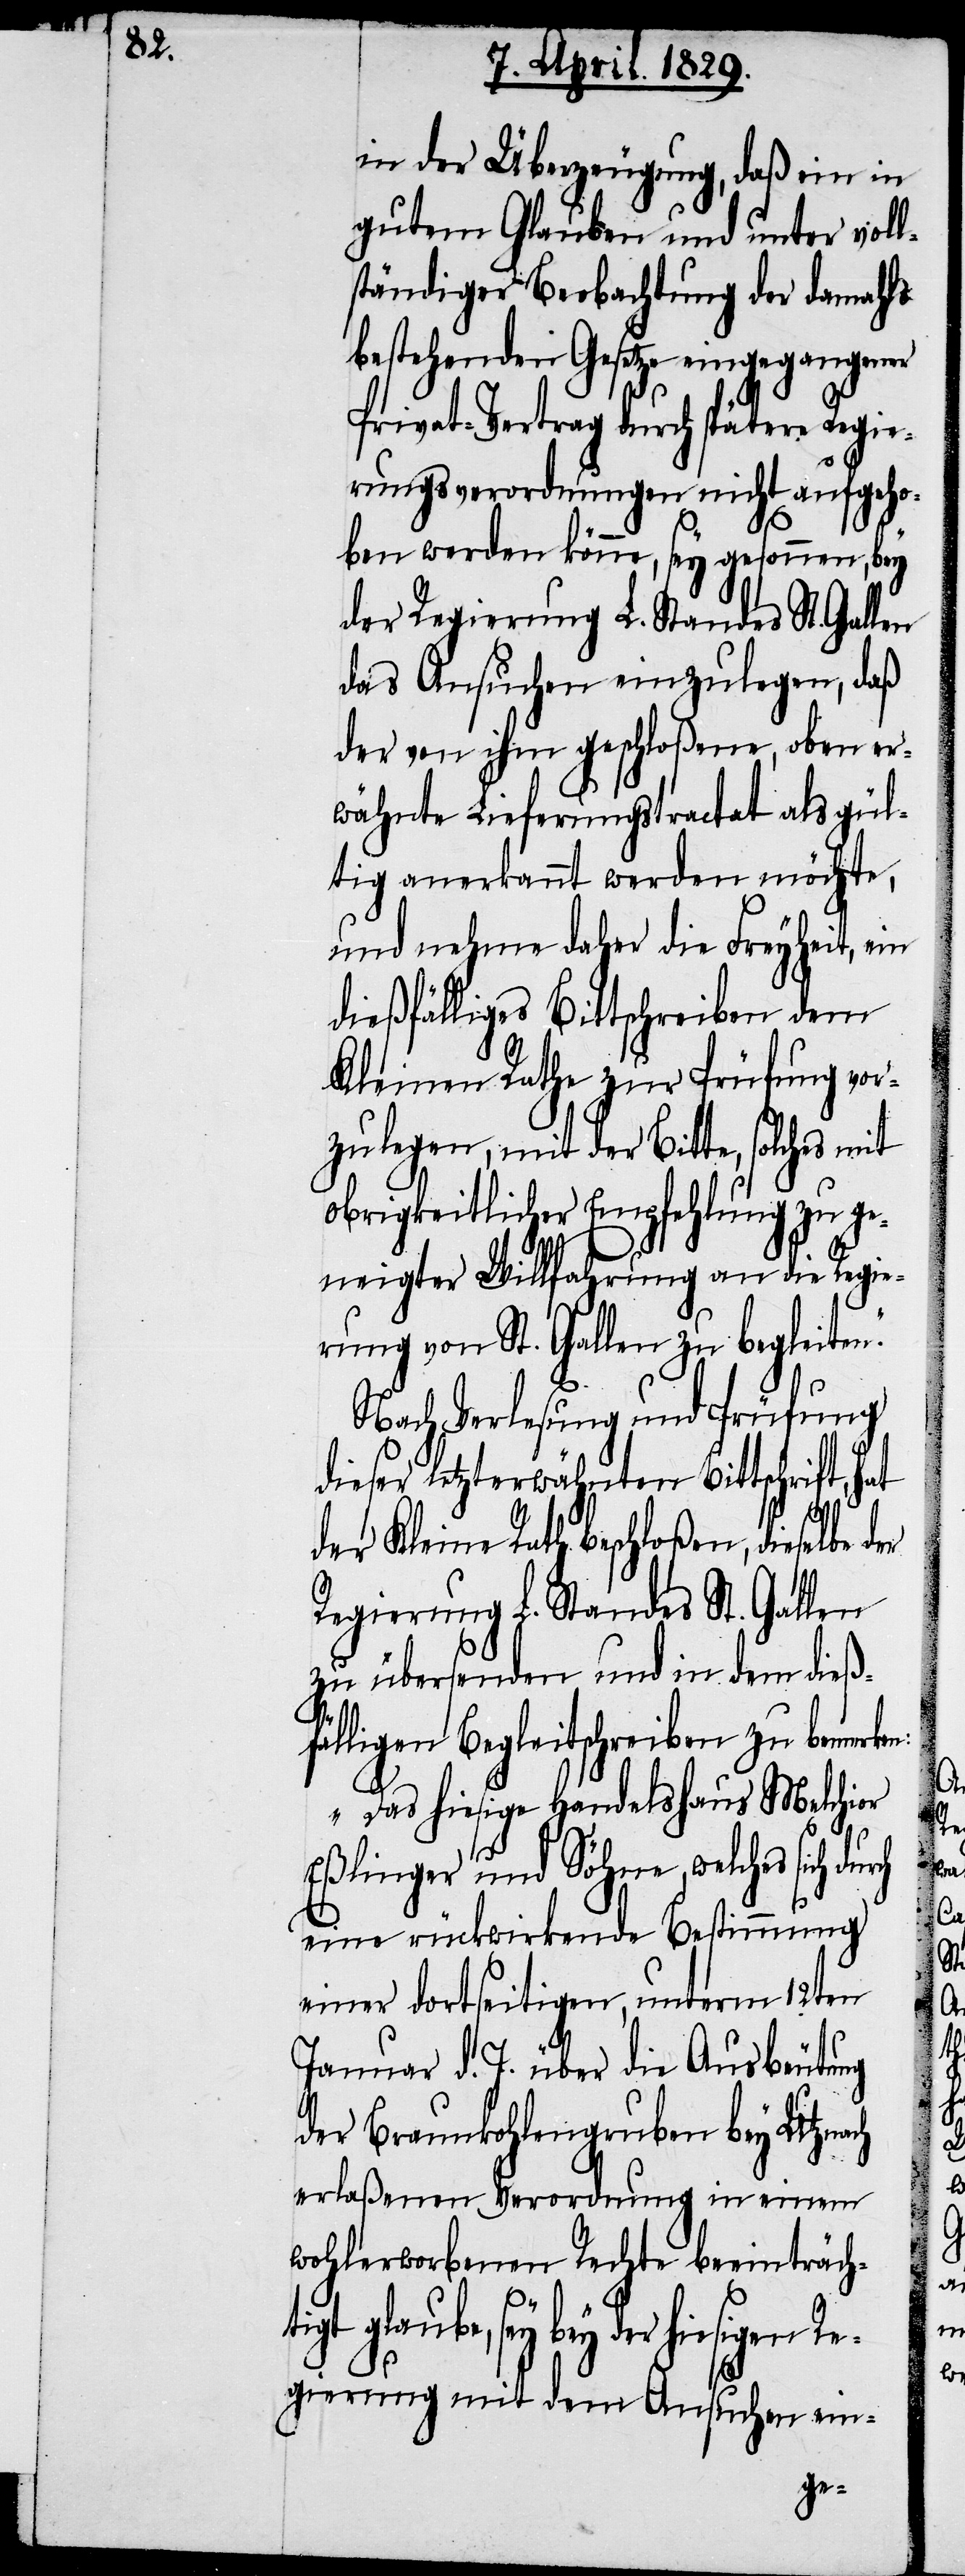
n:

in der Überzeugung, daß ein in
gutem Glauben und unter voll¬
ständiger Beobachtung der damahls
bestehenden Gesetze eingegangener
Privat-Vertrag durch spätere Regie¬
rungsverordnungen nicht aufgeho¬
ben werden könne, sey gesonnen, bey
der Regierung L. Standes St. Gallen
das Ansuchen einzulegen, daß
der von ihm geschloßene, oben er¬
wähnte Lieferungstractat als gül¬
tig anerkannt werden möchte,
und nehme daher die Freyheit, ein
dießfälliges Bittschreiben dem
Kleinen Rathe zur Prüfung vor¬
zulegen, mit der Bitte, solches mit
obrigkeitlicher Empfehlung zu ge¬
neigter Willfahrung an die Regie¬
rung von St. Gallen zu begleite¬
Nach Verlesung und Prüfung
dieser letzterwähnten Bittschrift, hat
der Kleine Rath beschloßen, dieselbe
Regierung L. Standes St. Gallen
zu übersenden und in dem dieß¬
fälligen Begleitschreiben zu bemerke¬
„Das hiesige Handelshaus Melchior
Eßlinger und Söhne, welches sich
eine rückwirkende Bestimmung
einer dortseitigen, unterm 12ten
Januar d. J. über die Ausbeutung
der Braunkohlengruben bey Utznach
erlaßenen Verordnung in einem
wohlerworbenen Rechte beeinträch¬
sey bey der hiesigen Re¬
gierung mit dem Ansuchen ein-